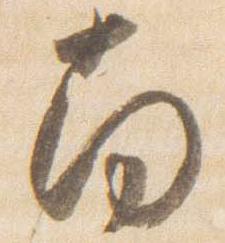
南